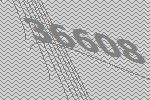
36608